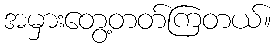
အမှားတွေ့တတ်ကြတယ်။